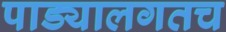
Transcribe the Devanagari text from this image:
पाड्यालगतच